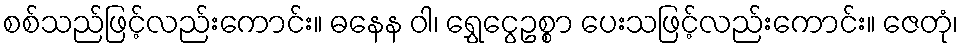
စစ်သည်ဖြင့်လည်းကောင်း။ ဓနေန ဝါ၊ ရွှေငွေဥစ္စာ ပေးသဖြင့်လည်းကောင်း။ ဇေတုံ၊